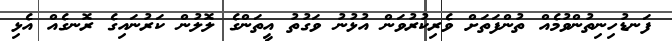
ފަނޑުހިނިތުންވުމެއް ތުންފަތަށް ވެރިކުރުވަން އުޅުނު ވަގުތު އީތަންގެ ލޮލުން ކަރުނައިގެ ރޮނގެއް އެޅި